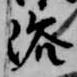
浴